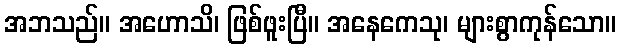
အဘသည်။ အဟောသိ၊ ဖြစ်ဖူးပြီ။ အနေကေသု၊ များစွာကုန်သော။